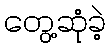
တွေ့ဆုံခဲ့